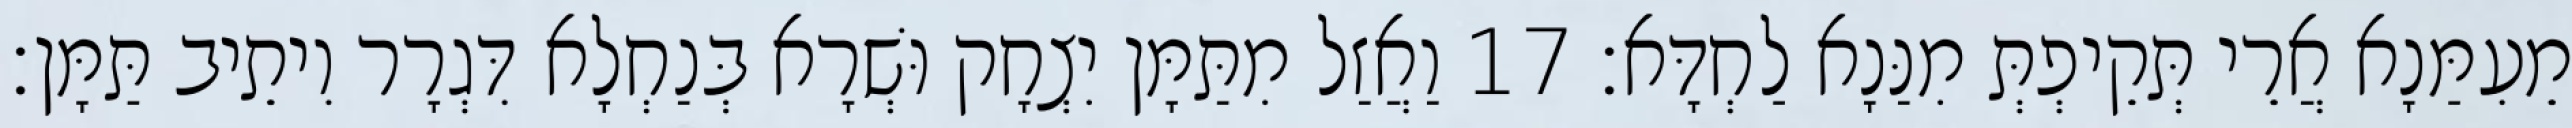
מֵעִמַּנָא אֲרֵי תְּקֵיפְתְּ מִנַּנָא לַחְדָּא׃ 17 וַאֲזַל מִתַּמָּן יִצְחָק וּשְׁרָא בְּנַחְלָא דִּגְרָר וִיתֵיב תַּמָּן׃